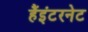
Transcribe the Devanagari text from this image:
हैंइंटरनेट